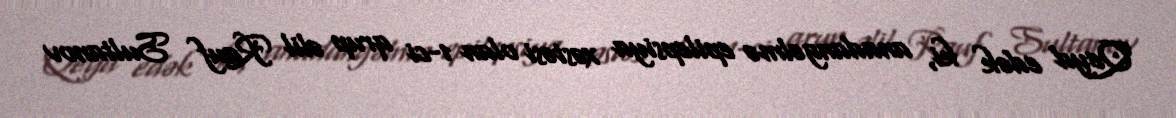
Qeyd edək ki, anadangəlmə epilepsiya xəstəsi olan 1-ci qrup əlil Rauf Sultanov